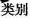
类别